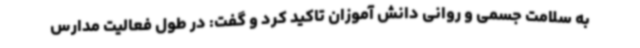
به سلامت جسمی و روانی دانش آموزان تاکید کرد و گفت: در طول فعالیت مدارس